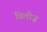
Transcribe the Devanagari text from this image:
विलीज़